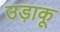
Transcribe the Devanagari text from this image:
उड़ाकू